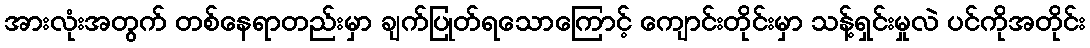
အားလုံးအတွက် တစ်နေရာတည်းမှာ ချက်ပြုတ်ရသောကြောင့် ကျောင်းတိုင်းမှာ သန့်ရှင်းမှုလဲ ပင်ကိုအတိုင်း